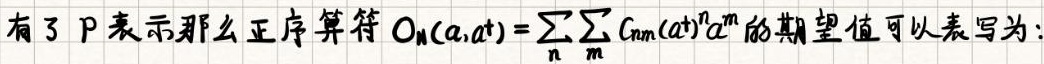
有了 $\rho$ 表示那么正序算符 $O_N(a,a^\dagger)=\sum_{n}\sum_{m}C_{nm}(a^\dagger)^n a^m$ 的期望值可以表写为: